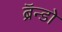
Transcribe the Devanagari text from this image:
ब्रॅन्डो